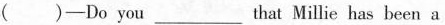
( )-Do you ___ that Millie has been a